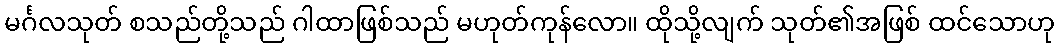
မင်္ဂလသုတ် စသည်တို့သည် ဂါထာဖြစ်သည် မဟုတ်ကုန်လော။ ထိုသို့လျက် သုတ်၏အဖြစ် ထင်သောဟု